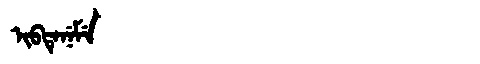
Manchu: ᡳᠪᡨᡝᠨᡝᠮᡝ
Romanization: IBTENEME